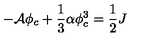
- { \cal A } \phi _ { c } + \frac { 1 } { 3 } \alpha \phi _ { c } ^ { 3 } = \frac { 1 } { 2 } J